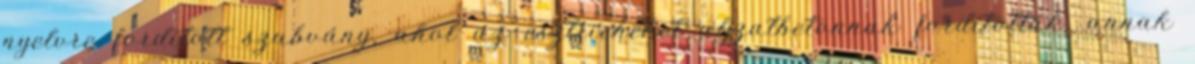
nyelvre fordított szabvány, ahol az esztricheket aljzatbetonnak fordították, annak